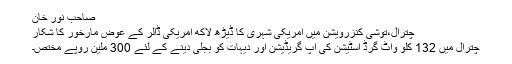
صاحب نور خان
چترال،توشی کنزرویشن میں امریکی شہری کا ڈیڑھ لاکھ امریکی ڈالر کے عوض مارخور کا شکار
چترال میں 132 کلو واٹ گرڈ اسٹیشن کی اپ گریڈیشن اور دیہات کو بجلی دینے کے لئے 300 ملین روپے مختص۔